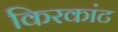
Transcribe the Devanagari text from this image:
किरकांट